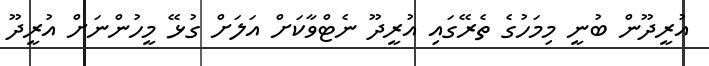
އުރީދޫން ބުނީ މިމަހުގެ ތެރޭގައި އުރީދޫ ނެޓްވާކަށް އަލަށް ގުޅޭ މީހުންނަށް އުރީދޫ